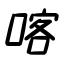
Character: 喀